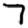
Digit: 7